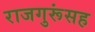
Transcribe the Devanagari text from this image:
राजगुरूंसह